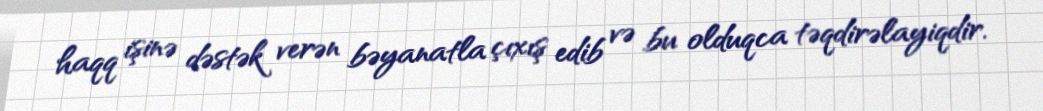
haqq işinə dəstək verən bəyanatla çıxış edib və bu olduqca təqdirəlayiqdir.